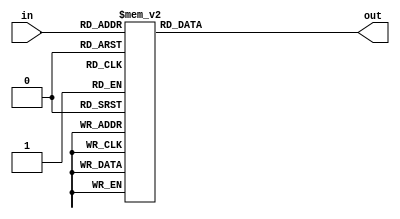
/***** Obarey Inc. *****/   
module sev_seg_decoder_4bit(in, out );
	input[3:0] in;
	output reg[7:0] out;
	
	always@( in )
		begin
			case (in)
				 4'b0000 : out=8'b11000000; //0
				 4'b0001 : out=8'b11111001; //1
				 4'b0010 : out=8'b10100100; //2
				 4'b0011 : out=8'b10110000; //3
				 4'b0100 : out=8'b10011001; //4
				 4'b0101 : out=8'b10010010; //5
				 4'b0110 : out=8'b10000010; //6
				 4'b0111 : out=8'b11111000; //7
				 4'b1000 : out=8'b10000000; //8
				 4'b1001 : out=8'b10010000; //9
				 default : out=8'b10001100; //F
		 endcase
		 
		end
endmodule